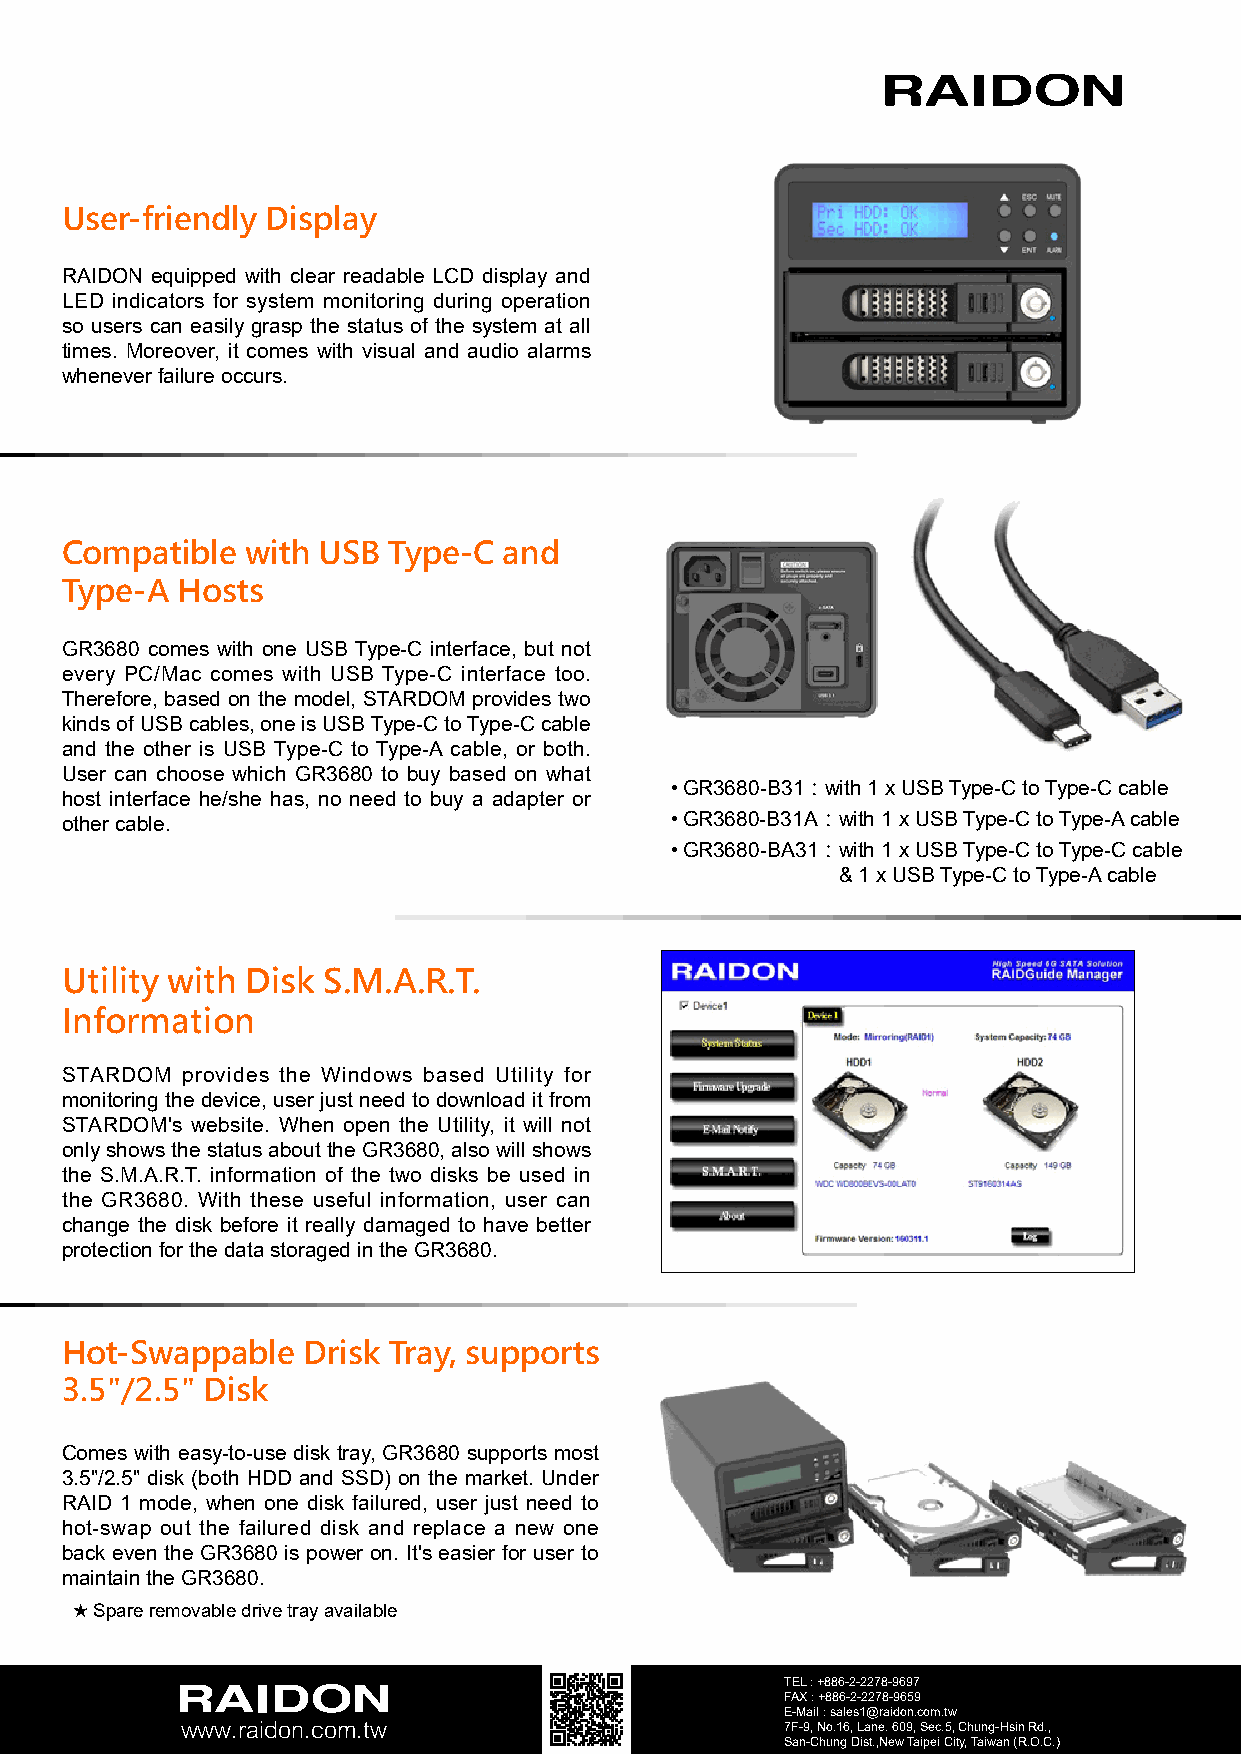
User-friendly Display
 RAIDON equipped with clear readable LCD display and
 LED indicators for system monitoring during operation
 so users can easily grasp the status of the system at all
 times. Moreover, it comes with visual and audio alarms
 whenever failure occurs.
 Compatible  with USB  Type-C and
 Type-A  Hosts
 GR3680 comes with one USB Type-C interface, but not
 every PC/Mac comes with USB Type-C interface too.
 Therefore, based on the model, STARDOM provides two
 kinds of USB cables, one is USB Type-C to Type-C cable
 and the other is USB Type-C to Type-A cable, or both.
 User can choose which GR3680 to buy based on what
 • GR3680-B31：with 1 x USB Type-C to Type-C cable
 host interface he/she has, no need to buy a adapter or
 other cable.                            • GR3680-B31A：with 1 x USB Type-C to Type-A cable
 • GR3680-BA31：with 1 x USB Type-C to Type-C cable
 & 1 x USB Type-C to Type-A cable
 Utility with Disk S.M.A.R.T.
 Information
 STARDOM provides the Windows based Utility for
 monitoring the device, user just need to download it from
 STARDOM's website. When open the Utility, it will not
 only shows the status about the GR3680, also will shows
 the S.M.A.R.T. information of the two disks be used in
 the GR3680. With these useful information, user can
 change the disk before it really damaged to have better
 protection for the data storaged in the GR3680.
 Hot-Swappable   Drisk Tray, supports
 3.5"/2.5" Disk
 Comes with easy-to-use disk tray, GR3680 supports most
 3.5"/2.5" disk (both HDD and SSD) on the market. Under
 RAID 1 mode, when one disk failured, user just need to
 hot-swap out the failured disk and replace a new one
 back even the GR3680 is power on. It's easier for user to
 maintain the GR3680.
 ★ Spare removable drive tray available
 TEL : +886-2-2278-9697
 FAX : +886-2-2278-9659
 E-Mail : sales1@raidon.com.tw
 www.raidon.com.tw                       7F-9, No.16, Lane. 609, Sec.5, Chung-Hsin Rd.,
 San-Chung Dist.,New Taipei City, Taiwan (R.O.C.)